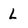
Character: L